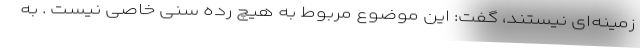
زمینه‌ای نیستند، گفت: این موضوع مربوط به هیچ رده سنی خاصی نیست . به